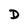
Character: D